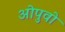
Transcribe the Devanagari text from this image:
ओपुवो